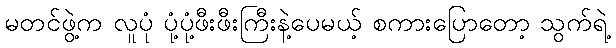
မတင်ဖွဲ့က လူပုံ ပုံ့ပုံ့ဖီးဖီးကြီးနဲ့ပေမယ့် စကားပြောတော့ သွက်ရဲ့